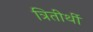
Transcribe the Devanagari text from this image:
त्रितीर्थी